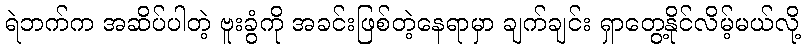
ရဲဘက်က အဆိပ်ပါတဲ့ ဗူးခွံကို အခင်းဖြစ်တဲ့နေရာမှာ ချက်ချင်း ရှာတွေ့နိုင်လိမ့်မယ်လို့